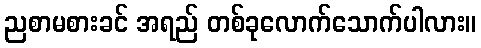
ညစာမစားခင် အရည် တစ်ခုလောက်သောက်ပါလား။